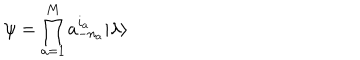
\psi = \prod _ { a = 1 } ^ { M } a _ { - n _ { a } } ^ { i _ { a } } | \lambda \rangle